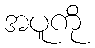
အပူကို